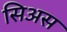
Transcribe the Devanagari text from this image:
सिअस